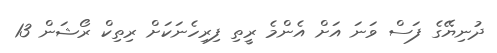
ދުނިޔޭގެ ފަސް ވަނަ އަށް އެންމެ ރީތި ފިރިހެނަކަށް ރިތިކް ރޯޝަން 13